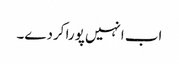
اب انہیں پورا کردے۔